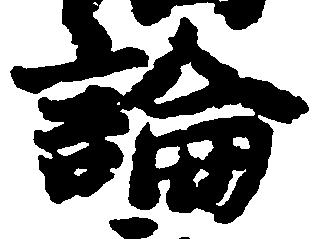
論